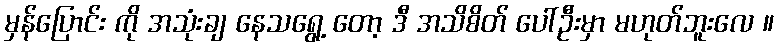
မှန်ပြောင်း ကို အသုံးချ နေသရွေ့ တော့ ဒီ အသိစိတ် ပေါ်ဦးမှာ မဟုတ်ဘူးလေ ။